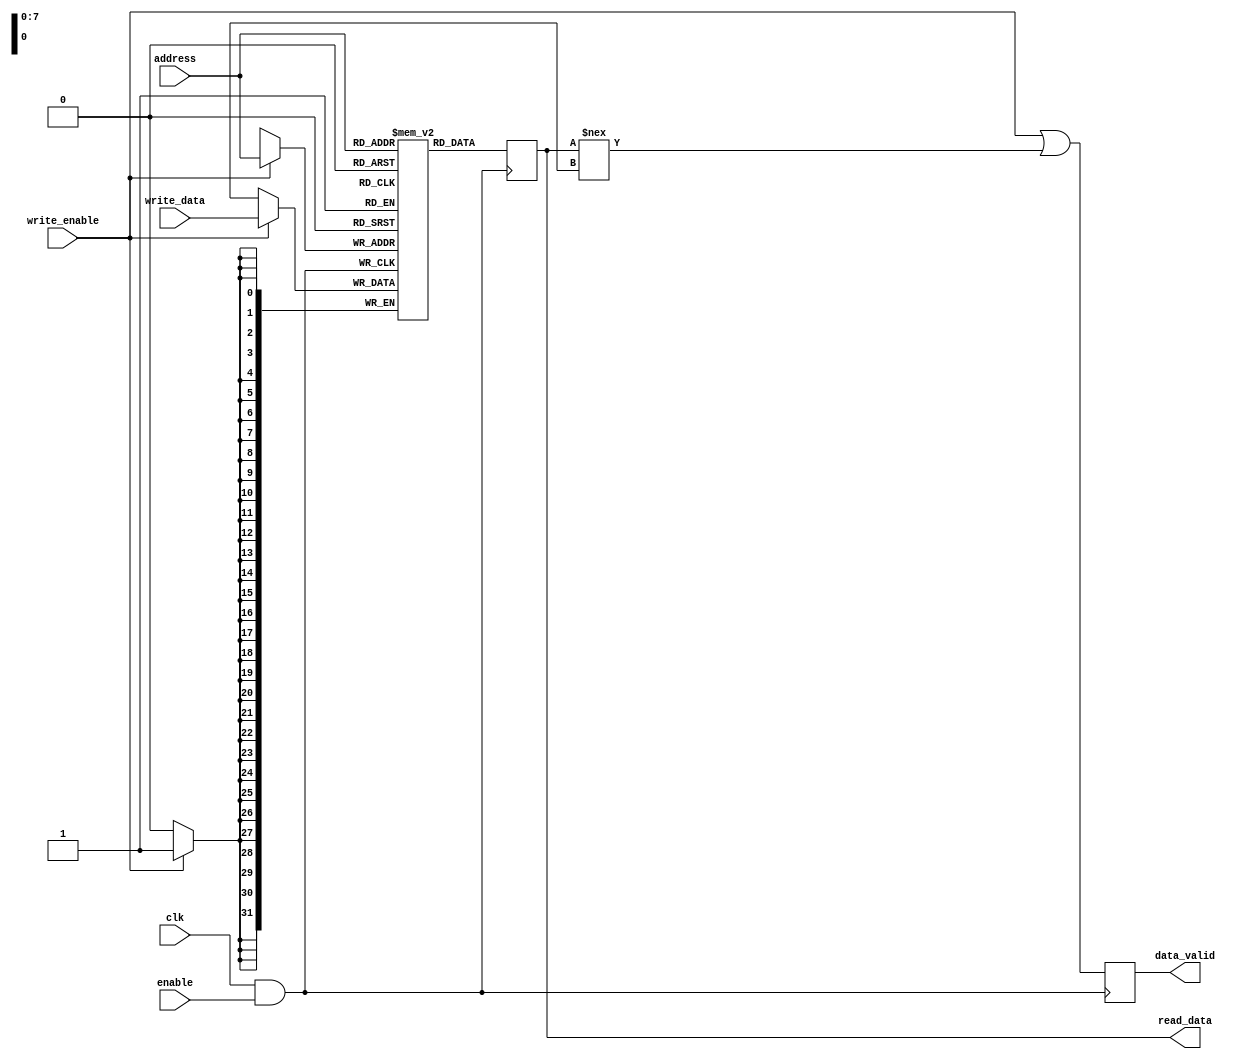
module MemoryBlock (
    input wire clk,                // Main clock signal
    input wire enable,             // Enable signal for memory
    input wire [7:0] address,      // Address bus (8 bits)
    input wire [31:0] write_data,   // Data to write (32 bits)
    input wire write_enable,       // Write enable signal
    output reg [31:0] read_data,   // Data output (32 bits)
    output reg data_valid          // Data valid signal
);

    // Memory array declaration (256 x 32-bit RAM)
    reg [31:0] memory [0:255];
    
    // Clock gating signal
    wire gated_clk;
    
    // Clock gating logic
    assign gated_clk = clk & enable; // Enable clock when memory is active

    // Memory operation
    always @(posedge gated_clk) begin
        if (write_enable) begin
            memory[address] <= write_data; // Write operation
        end
        read_data <= memory[address];      // Read operation
        data_valid <= write_enable || (read_data !== 32'bx); // Indicate valid data
    end

endmodule